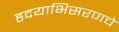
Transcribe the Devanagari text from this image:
हृदयाभिसरणचे